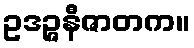
ဥဒဉ္ဇနီဇာတက။